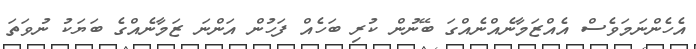
އެހެންނަމަވެސް އެއްޒަމާނެއްނެއްގަ ބޭނުން ކުރި ބަހެއް ފަހުން އަންނަ ޒަމާނެއްގެ ބަޔަކު ނުވަތަ